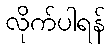
လိုက်ပါရန်